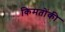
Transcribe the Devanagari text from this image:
किमतोंकी